Scottish Certificate of Education, 1962
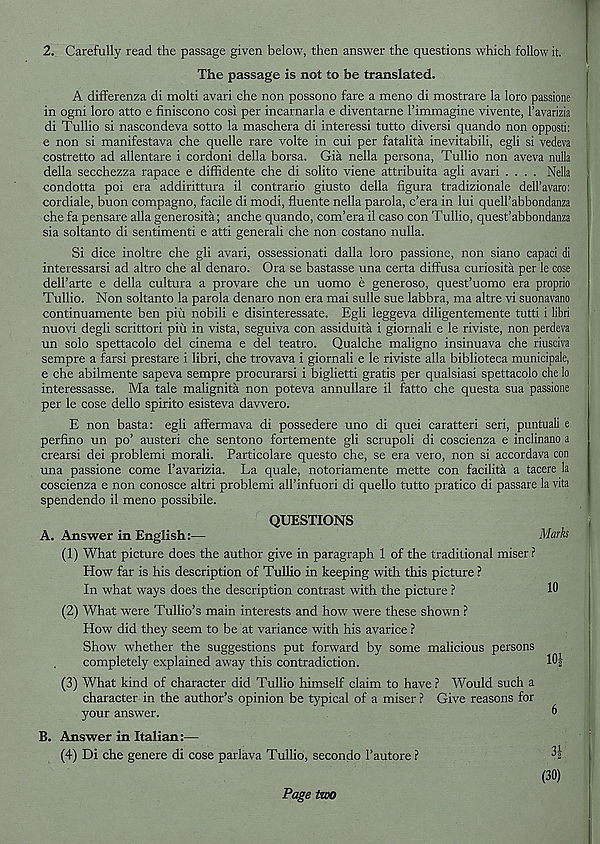
2. Carefully read the passage given below, then answer the questions which follow it.
The passage is not to be translated.
A differenza di molti avari che non possono fare a meno di mostrare la loro passione
in ogni loro atto e finiscono cost per incarnarla e diventarne I’inimagine vivente, I’avarizia
di Tullio si nascondeva sotto la maschera di interessi tutto diversi quando non opposti:
e non si manifestava che quelle rare volte in cui per fatalita inevitabili, egli si vedeva
costretto ad allentare i cordoni della borsa. Gia nella persona, Tullio non aveva nulla
della secchezza rapace e diffidente che di solito viene attribuita agli avari .... Nella
condotta poi era addirittura il contrario giusto della figura tradizionale dell’avaro:
cordiale, buon compagno, facile di modi, fluente nella parola, c’era in lui quell’abbondanza
che fa pensare alia generosita; anche quando, com’era il caso con Tullio, quest’abbondanza
sia soltanto di sentiment! e atti general! che non costano nulla.
Si dice inoltre che gli avari, ossessionati dalla loro passione, non siano capaci di
interessarsi ad altro che al denaro. Ora se bastasse una certa diffusa curiosita per le cose
dell’arte e della cultura a provare che un uomo e generoso, quest’uomo era proprio
Tullio. Non soltanto la parola denaro non era mai sulle sue labbra, ma altre vi suonavano
continuamente ben piu nobili e disinteressate. Egli leggeva diligentemente tutti i libri
nuovi degli scrittori piu in vista, seguiva con assiduita i giornali e le riviste, non perdeva
un solo spettacolo del cinema e del teatro. Qualche maligno insinuava che riusciva
sempre a farsi prestare i libri, che trovava i giornali e le riviste alia biblioteca municipale,
e che abilmente sapeva sempre procurarsi i biglietti gratis per qualsiasi spettacolo che lo
interessasse. Ma tale malignita non poteva annullare il fatto che questa sua passione
per le cose dello spirito esisteva dawero.
E non basta: egli affermava di possedere uno di quei caratteri seri, puntuali e
perfino un po’ austeri che sentono fortemente gli scrupoli di coscienza e inclinano a
crearsi dei problem! morali. Particolare questo che, se era vero, non si accordava con
una passione come 1’avarizia. La quale, notoriamente mette con facilita a tacere la
coscienza e non conosce altri problemi aU’infuori di quello tutto pratico di passare la vita
spendendo il meno possibile.
QUESTIONS
A. Answer in English:—
Marks
(1) What picture does the author give in paragraph 1 of the traditional miser?
How far is his description of Tullio in keeping with this picture ?
In what ways does the description contrast with the picture ?
10
(2) What were Tullio’s main interests and how were these shown ?
How did they seem to be at variance with his avarice ?
Show whether the suggestions put forward by some malicious persons
completely explained away this contradiction.
Mi
(3) What kind of character did Tullio himself claim to have ? Would such a
character in the author’s opinion be typical of a miser ? Give reasons for
your answer.
B. Answer in Italian:—
(4) Di che genere di cose parlava Tullio, secondo 1’autore ?
Page two
3f
(30)